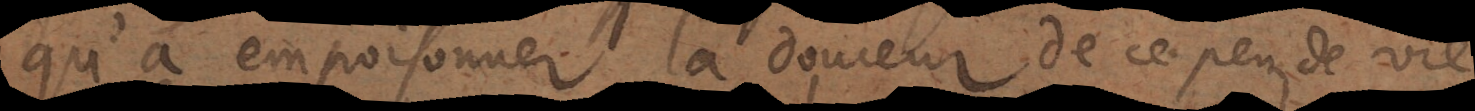
qu’à empoisonner la douceur de ce peu de vie